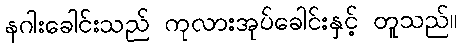
နဂါးခေါင်းသည် ကုလားအုပ်ခေါင်းနှင့် တူသည်။